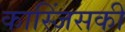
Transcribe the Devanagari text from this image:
कास्जिंसकी